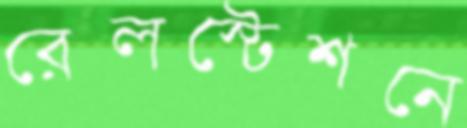
রেলস্টেশনে